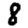
Digit: 8